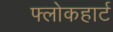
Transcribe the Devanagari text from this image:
फ्लोकहार्ट